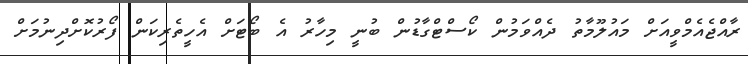
ރާއްޖެއެމްވީއަށް މައުލޫމާތު ދެއްވަމުން ކޯސްޓްގާޑުން ބުނީ މިހާރު އެ ބޯޓަށް އެހީތެރިކަން ފޯރުކޮށްދިނުމަށް